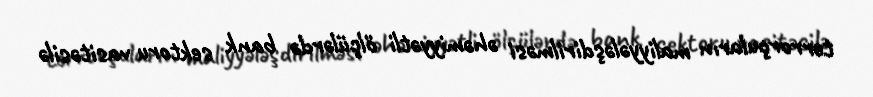
terrorçuların maliyyələşdirilməsi əhəmiyyətli ölçülərdə bank sektoru vasitəsilə